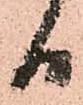
日